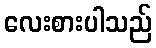
လေးစားပါသည်